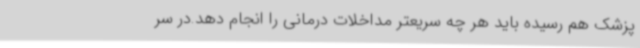
پزشک هم رسیده باید هر چه سریعتر مداخلات درمانی را انجام دهد.در سر